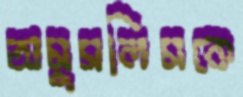
অমুসলিমকে